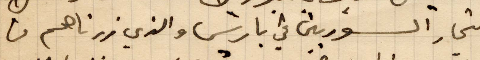
التجار السوريين في باريس والذي زرناهم من